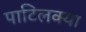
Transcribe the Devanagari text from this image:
पाटिलक्या